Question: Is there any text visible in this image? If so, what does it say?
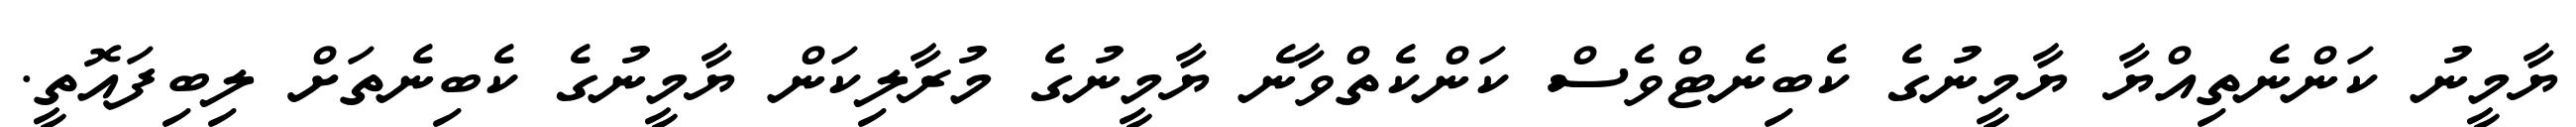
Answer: ޔާމީނު ކަންނެތިއްޔާ ޔާމީނުގެ ކެބިނެޓްވެސް ކަންކެތްވާނެ ޔާމީނުގެ މުރާލިކަން ޔާމީނުގެ ކެބިނެތަށް ލިބިފައޮތީ.